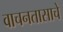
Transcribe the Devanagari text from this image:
वाचनतासाचे